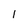
Character: 1